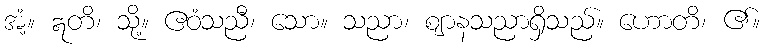
အံ့။ ဣတိ၊ သို့။ ဧဝံသညီ၊ သော။ သညာ၊ ဈာနသညာရှိသည်။ ဟောတိ၊ ၏။